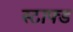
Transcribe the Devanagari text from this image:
स्टाफ्ड